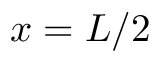
x = L / 2